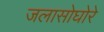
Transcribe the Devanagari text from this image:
जलासोघोरे